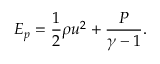
E _ { p } = \frac { 1 } { 2 } \rho u ^ { 2 } + \frac { P } { \gamma - 1 } .